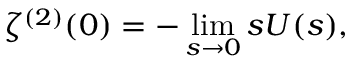
\zeta ^ { ( 2 ) } ( 0 ) = - \operatorname * { l i m } _ { s \rightarrow 0 } s U ( s ) ,